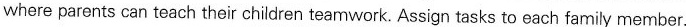
where parents can teach their children teamwork. Assign tasks to each family member.